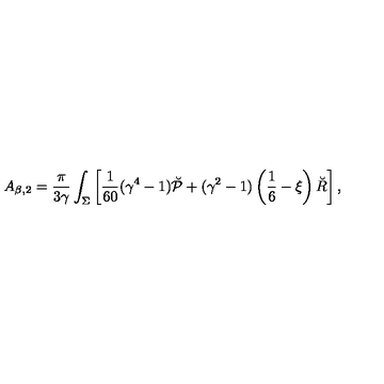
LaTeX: A _ { \beta , 2 } = { \frac { \pi } { 3 \gamma } } \int _ { \Sigma } \left[ { \frac { 1 } { 6 0 } } ( \gamma ^ { 4 } - 1 ) \breve { \cal P } + ( \gamma ^ { 2 } - 1 ) \left( \frac 1 6 - \xi \right) \breve { R } \right] ,